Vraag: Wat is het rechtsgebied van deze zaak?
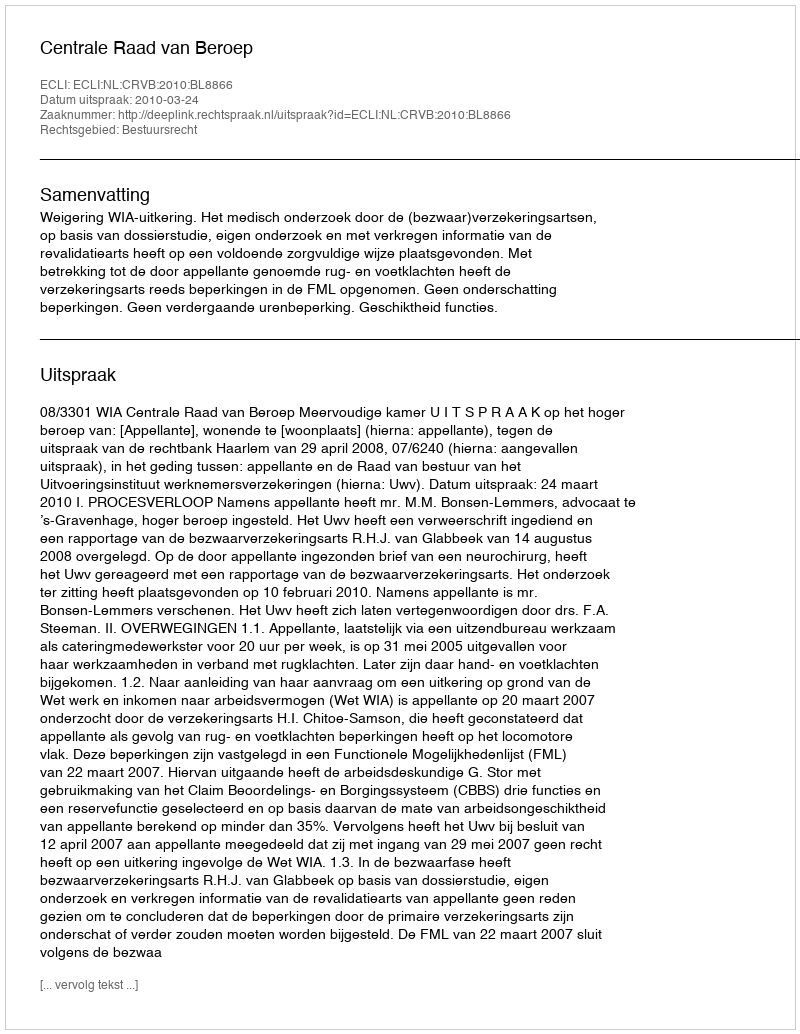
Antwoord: Bestuursrecht